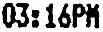
03:16PM